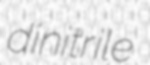
dinitrile